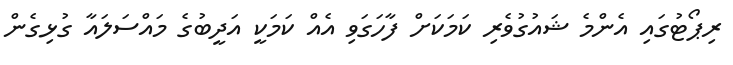
ރިޕޯޓުގައި އެންމެ ޝައުގުވެރި ކަމަކަށް ފާހަގަވި އެއް ކަމަކީ އަދީބުގެ މައްސަލައާ ގުޅިގެން